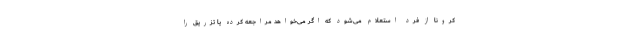
کرونا از فرد استعلام می‌شود که اگر می‌خواهد مراجعه کرده یا تزریق را